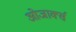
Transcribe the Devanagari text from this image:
ओजार्क्स